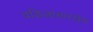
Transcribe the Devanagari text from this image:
वडिलांसारखेच